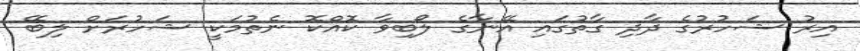
އިރު ޝަހުރުގެ ދާދި ގާތުގައި އޭނާގެ ލޯބިވާ ކޮއްކޮ ނެތުމަކީ ޝަހުރަށް ލިބޭ